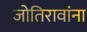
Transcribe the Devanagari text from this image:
जोतिरावांना